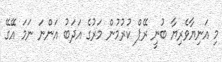
މި އަނިޔާވެރިޔާ ބުނީ ރޭޕް ކުރުމުން މަރުގެ އަދަބު އަންނަ ނަމަ އޭގޭ